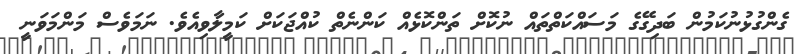
ގެންގުޅުނުކަމުން ބަދިގޭގެ މަސައްކަތްތައް ނުކޮށް ތަންކޮޅެއް ކަންނެތް ކުއްޖަކަށް ކަމީލާވިއެވެ. ނަމަވެސް މަންމަވަނީ